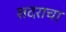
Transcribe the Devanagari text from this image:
सदराचा